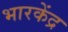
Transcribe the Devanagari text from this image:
भारकेंद्र